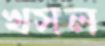
খসল